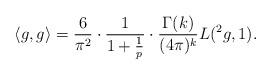
LaTeX: \begin{align*}\langle g,g \rangle &= \frac{6}{\pi^2} \cdot \frac{1}{1 + \frac{1}{p}} \cdot \frac{\Gamma(k)}{(4\pi)^k} L(^2 g,1).\end{align*}